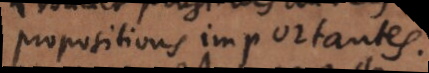
propositions importantes.